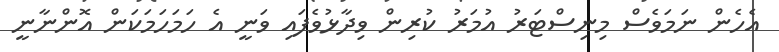
އެހެން ނަމަވެސް މިނިސްޓަރު އުމަރު ކުރިން ވިދާޅުވެފައި ވަނީ އެ ހަމަހަމަކަން އޮންނާނީ